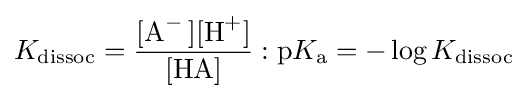
K_{\text{dissoc}}={\frac {{\ce {[A- ][H+]}}}{{\ce {[HA]}}}}:\mathrm {p} K_{\text{a}}=-\log K_{\text{dissoc}}